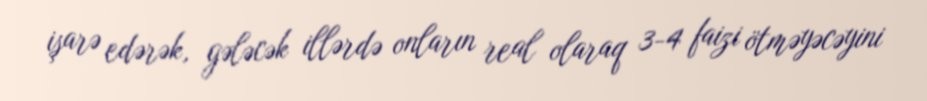
işarə edərək, gələcək illərdə onların real olaraq 3-4 faizi ötməyəcəyini